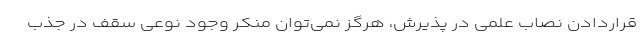
قراردادن نصاب علمی در پذیرش، هرگز نمی‌توان منکر وجود نوعی سقف در جذب